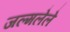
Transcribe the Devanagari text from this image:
जल्मलेले